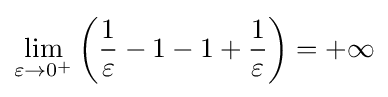
\lim _{\varepsilon \to 0^{+}}\left({\frac {1}{\varepsilon }}-1-1+{\frac {1}{\varepsilon }}\right)=+\infty